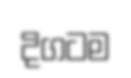
දිගටම